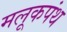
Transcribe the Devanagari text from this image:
मलूकपंथ